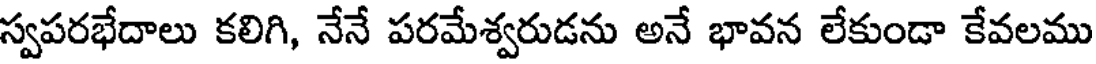
స్వపరభేదాలు కలిగి, నేనే పరమేశ్వరుడను అనే భావన లేకుండా కేవలము